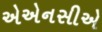
એએનસીએ